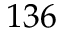
1 3 6